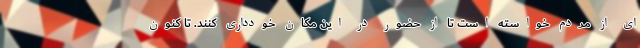
ای از مردم خواسته است تا از حضور در این مکان خودداری کنند. تا کنون